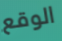
الوقع